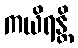
ကယိရန္တိ